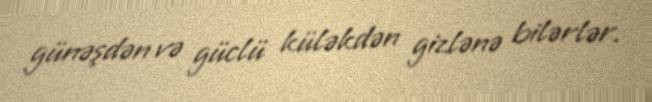
günəşdən və güclü küləkdən gizlənə bilərlər.